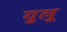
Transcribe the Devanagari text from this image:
युलू